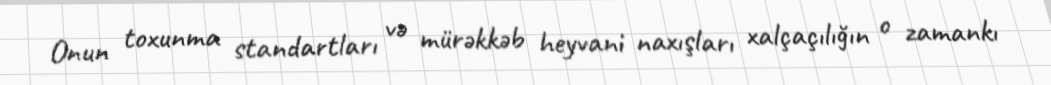
Onun toxunma standartları və mürəkkəb heyvani naxışları xalçaçılığın o zamankı